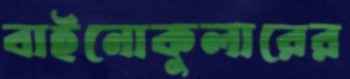
বাইনোকুলারের